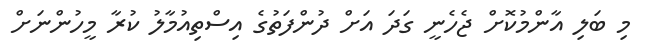
މި ބަލި އާންމުކޮށް ޖެހެނީ ގަދަ އަށް ދުންފަތުގެ އިސްތިއުމާލު ކުރާ މީހުންނަށް